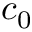
c _ { 0 }